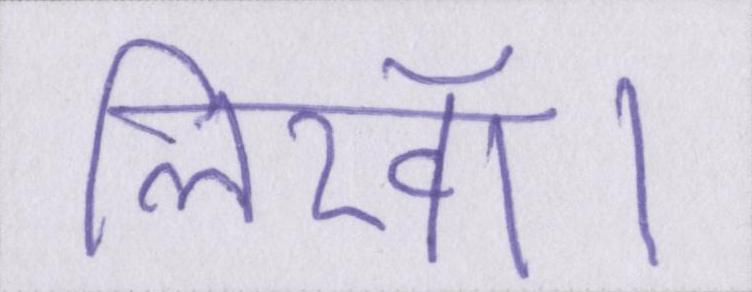
लिखॉ।